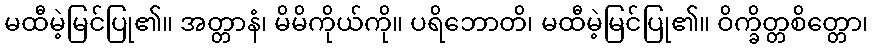
မထီမဲ့မြင်ပြု၏။ အတ္တာနံ၊ မိမိကိုယ်ကို။ ပရိဘောတိ၊ မထီမဲ့မြင်ပြု၏။ ဝိက္ခိတ္တစိတ္တော၊